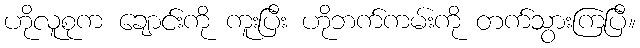
ဟိုလူစုက ချောင်းကို ကူးပြီး ဟိုဘက်ကမ်းကို တက်သွားကြပြီ။